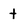
Character: t